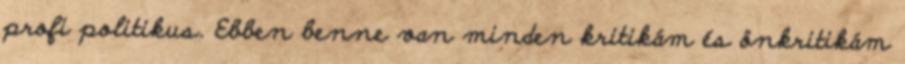
profi politikus. Ebben benne van minden kritikám és önkritikám